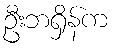
ဦးဘရှိန်က